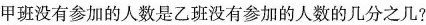
甲班没有参加的人数是乙班没有参加的人数的几分之几?